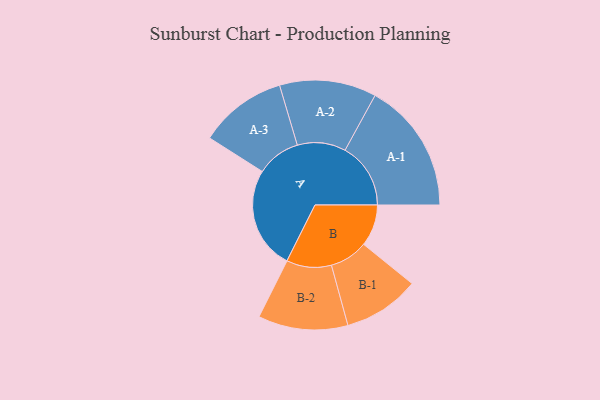
{"axis": {"x": "Segment", "y": "Value"}, "legend": ["", "A", "B"], "data": [{"x": "A", "y": 322, "type": ""}, {"x": "B", "y": 131, "type": ""}, {"x": "A-1", "y": 206, "type": "A"}, {"x": "A-2", "y": 152, "type": "A"}, {"x": "A-3", "y": 138, "type": "A"}, {"x": "B-1", "y": 120, "type": "B"}, {"x": "B-2", "y": 141, "type": "B"}]}